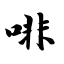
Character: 啡